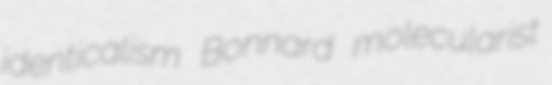
identicalism Bonnard molecularist